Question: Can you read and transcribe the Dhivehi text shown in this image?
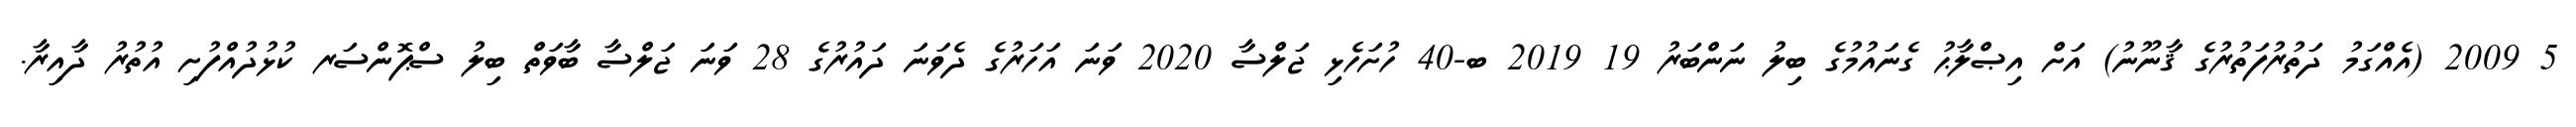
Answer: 5 2009 (އެއްގަމު ދަތުރުފަތުރުގެ ޤާނޫނު) އަށް އިޞްލާޙު ގެނައުމުގެ ބިލު ނަންބަރު 19 2019 ބ-40 ހުށަހެޅި ޖަލްސާ 2020 ވަނަ އަހަރުގެ ދެވަނަ ދައުރުގެ 28 ވަނަ ޖަލްސާ ބާވަތް ބިލު ސްޕޮންސަރ ކުޅުދުއްފުށި އުތުރު ދާއިރާ.